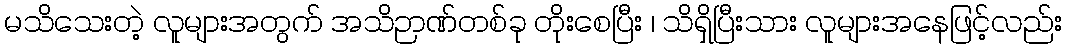
မသိသေးတဲ့ လူများအတွက် အသိဉာဏ်တစ်ခု တိုးစေပြီး ၊ သိရှိပြီးသား လူများအနေဖြင့်လည်း